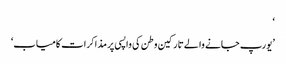
‘
’یورپ جانے والے تارکین وطن کی واپسی پر مذاکرات کامیاب‘